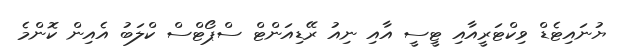
ޔުނައިޓެޑް ވިކްޓަރީއާއި ޓީސީ އާއި ނިއު ރޭޑިއަންޓް ސްޕޯޓްސް ކްލަބު އެއިން ކޮންމެ